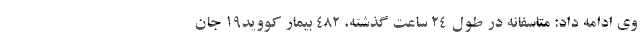
وی ادامه داد: متاسفانه در طول ۲۴ ساعت گذشته، ۴۸۲ بیمار کووید۱۹ جان